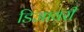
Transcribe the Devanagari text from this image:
डिजायरी